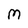
Character: M